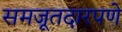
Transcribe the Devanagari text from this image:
समजूतदारपणे